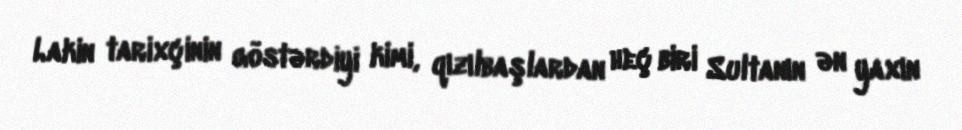
Lakin tarixçinin göstərdiyi kimi, qızılbaşlardan heç biri Sultanın ən yaxın